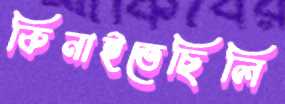
কিনাইতেছিলি